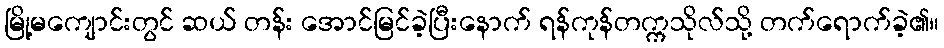
မြို့မကျောင်းတွင် ဆယ် တန်း အောင်မြင်ခဲ့ပြီးနောက် ရန်ကုန်တက္ကသိုလ်သို့ တက်ရောက်ခဲ့၏။